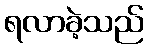
ရလာခဲ့သည်